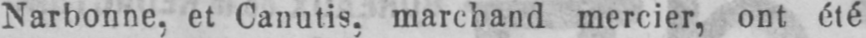
Narbonne, et Canutis, marchand mercier, ont été